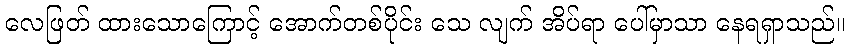
လေဖြတ် ထားသောကြောင့် အောက်တစ်ပိုင်း သေ လျက် အိပ်ရာ ပေါ်မှာသာ နေရရှာသည်။